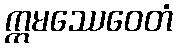
ဣမဿေဝေတံ